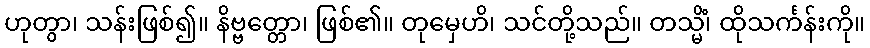
ဟုတွာ၊ သန်းဖြစ်၍။ နိဗ္ဗတ္တော၊ ဖြစ်၏။ တုမှေဟိ၊ သင်တို့သည်။ တသ္မိံ၊ ထိုသင်္ကန်းကို။